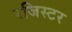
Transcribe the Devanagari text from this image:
रजिस्टर